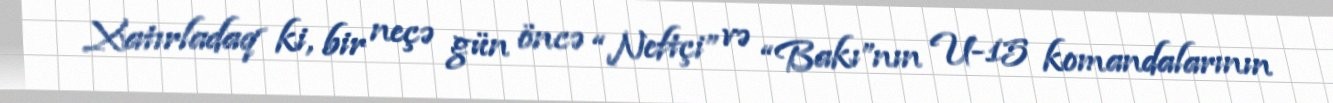
Xatırladaq ki, bir neçə gün öncə “Neftçi” və “Bakı”nın U-15 komandalarının